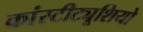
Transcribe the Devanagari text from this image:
कांस्टीट्यूशियो